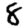
Digit: 8